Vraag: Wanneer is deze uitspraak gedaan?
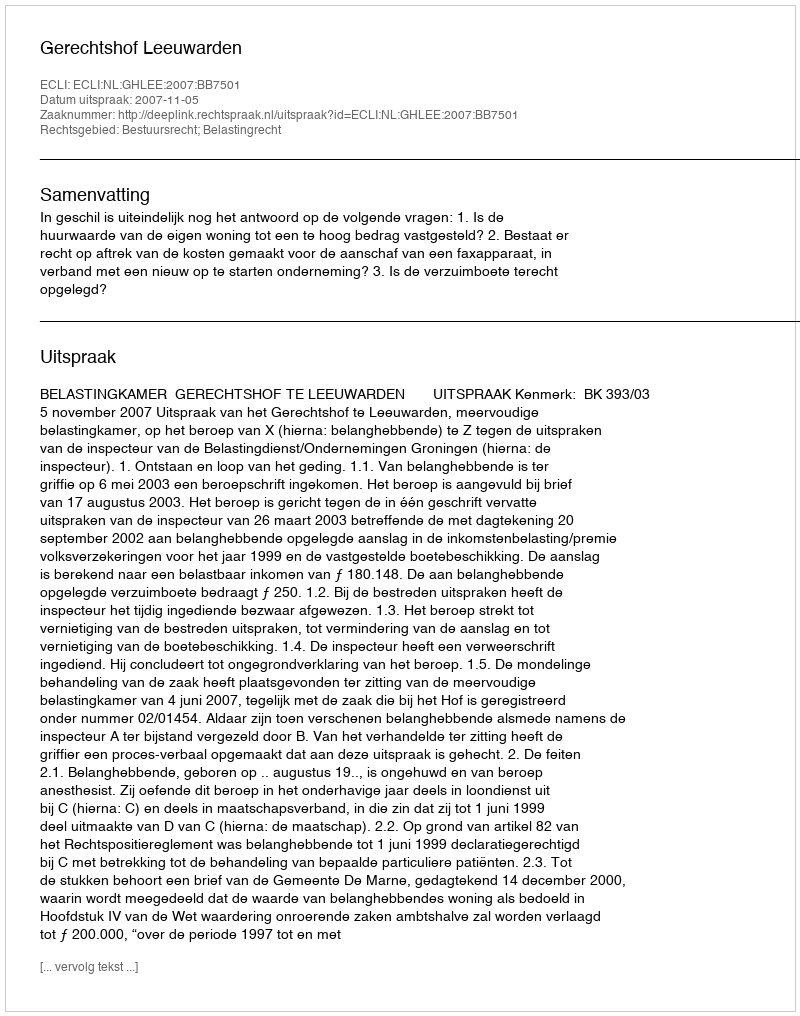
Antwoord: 2007-11-05